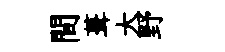
間葺大野